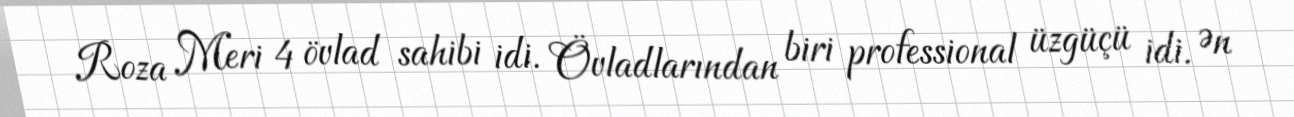
Roza Meri 4 övlad sahibi idi. Övladlarından biri professional üzgüçü idi. Ən